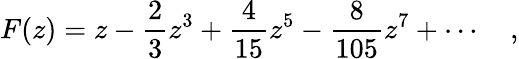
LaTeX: F(z)=z-\frac{2}{3}z^{3}+\frac{4}{15}z^{5}-\frac{8}{105}z^{7}+\cdots\quad,